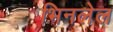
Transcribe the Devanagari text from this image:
भिनलेल